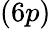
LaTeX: (6p)